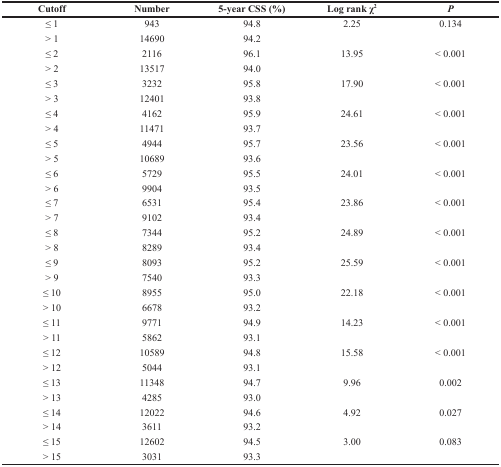
| Cutoff | Number | 5-year CSS (%) | Log rank χ2 | P |
 | --- | --- | --- | --- | --- |
 | ≤ 1 | 943 | 94.8 | 2.25 | 0.134 |
 | > 1 | 14690 | 94.2 |  |  |
 | ≤ 2 | 2116 | 96.1 | 13.95 | < 0.001 |
 | > 2 | 13517 | 94.0 |  |  |
 | ≤ 3 | 3232 | 95.8 | 17.90 | < 0.001 |
 | > 3 | 12401 | 93.8 |  |  |
 | ≤ 4 | 4162 | 95.9 | 24.61 | < 0.001 |
 | > 4 | 11471 | 93.7 |  |  |
 | ≤ 5 | 4944 | 95.7 | 23.56 | < 0.001 |
 | > 5 | 10689 | 93.6 |  |  |
 | ≤ 6 | 5729 | 95.5 | 24.01 | < 0.001 |
 | > 6 | 9904 | 93.5 |  |  |
 | ≤ 7 | 6531 | 95.4 | 23.86 | < 0.001 |
 | > 7 | 9102 | 93.4 |  |  |
 | ≤ 8 | 7344 | 95.2 | 24.89 | < 0.001 |
 | > 8 | 8289 | 93.4 |  |  |
 | ≤ 9 | 8093 | 95.2 | 25.59 | < 0.001 |
 | > 9 | 7540 | 93.3 |  |  |
 | ≤ 10 | 8955 | 95.0 | 22.18 | < 0.001 |
 | > 10 | 6678 | 93.2 |  |  |
 | ≤ 11 | 9771 | 94.9 | 14.23 | < 0.001 |
 | > 11 | 5862 | 93.1 |  |  |
 | ≤ 12 | 10589 | 94.8 | 15.58 | < 0.001 |
 | > 12 | 5044 | 93.1 |  |  |
 | ≤ 13 | 11348 | 94.7 | 9.96 | 0.002 |
 | > 13 | 4285 | 93.0 |  |  |
 | ≤ 14 | 12022 | 94.6 | 4.92 | 0.027 |
 | > 14 | 3611 | 93.2 |  |  |
 | ≤ 15 | 12602 | 94.5 | 3.00 | 0.083 |
 | > 15 | 3031 | 93.3 |  |  |